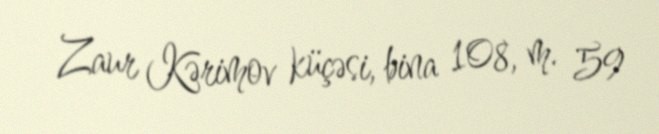
Zaur Kərimov küçəsi, bina 108, m. 59